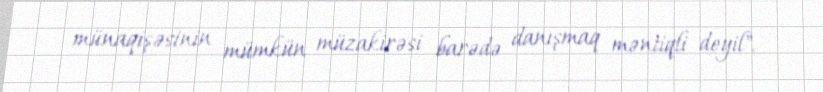
münaqişəsinin mümkün müzakirəsi barədə danışmaq məntiqli deyil".